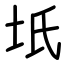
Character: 坁